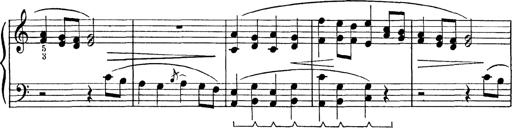
Title: Abschied
Composer: Franz Liszt